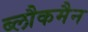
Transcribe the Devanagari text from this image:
ब्लौकमैन